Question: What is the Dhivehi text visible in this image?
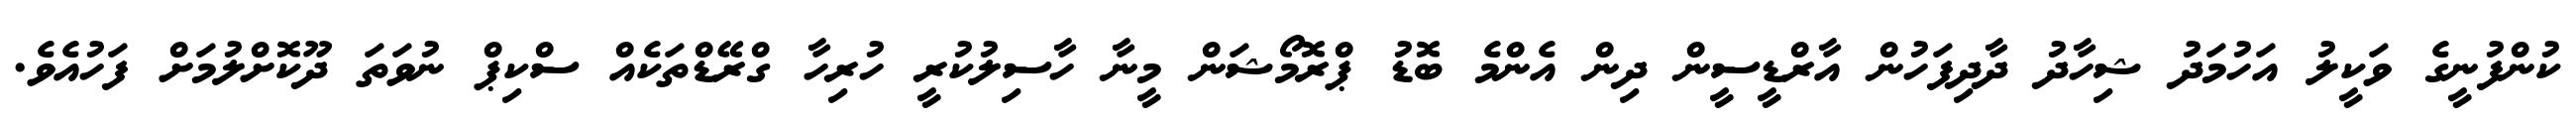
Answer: ކުންފުނީގެ ވަކީލު އަހުމަދު ޝިހާދު ދާދިފަހުން އާރްޑީސީން ދިން އެންމެ ބޮޑު ޕްރޮމޯޝަން މީނާ ހާސިލުކުރީ ހުރިހާ ގްރޭޑްތަކެއް ސްކިޕް ނުވަތަ ދޫކޮށްލުމަށް ފަހުއެވެ.